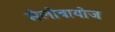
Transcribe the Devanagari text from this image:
सेलोबायोज